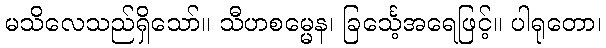
မသိလေသည်ရှိသော်။ သီဟစမ္မေန၊ ခြင်္သေ့အရေဖြင့်။ ပါရုတော၊